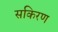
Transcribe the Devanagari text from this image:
सकिरण